Lunatic asylums Central Provinces reports 1886-1894 - 1886-1894
Year: 1886
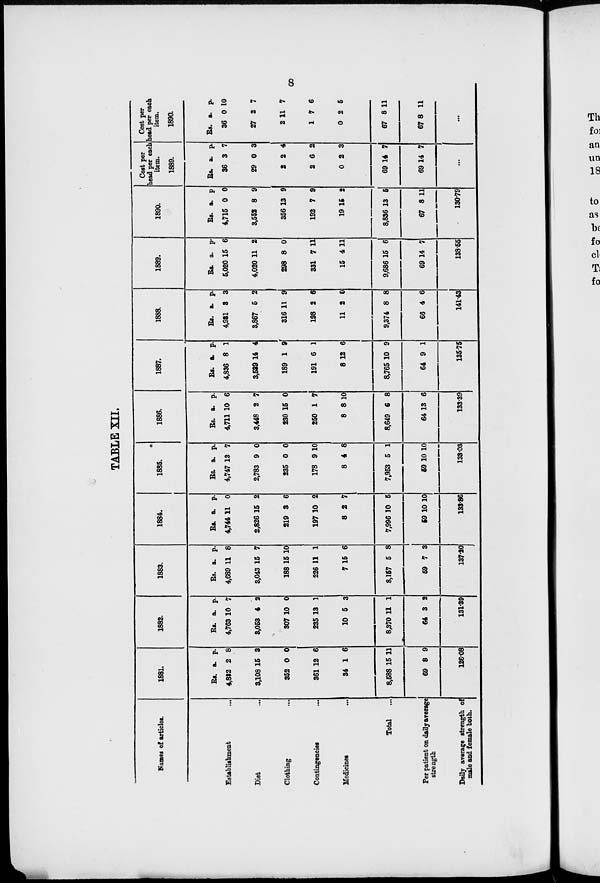
8
TABLE XII.
Names of articles.
Establishment ...
Diet ...
Clothing ...
Contingencies ...
Medicines ...
Total ...
Per patient on daily average
strength
Daily average strength of
male and female both.
1881.
Rs.
4,832
3,108
352
361
34
8,588
69
a.
2
15
0
12
1
15
8
p.
8
3
0
6
6
11
9
126.08
1882.
Rs.
4,763
3,053
307
235
10
8,370
64
a.
10
4
10
13
5
11
3
p.
7
2
0
1
3
1
2
131.39
1883.
Rs.
4,689
3,043
188
226
7
8,157
59
a.
11
15
15
11
15
5
7
p.
8
7
10
1
6
8
3
137.20
1884.
Rs.
4,744
2,826
219
197
8
7,996
59
a.
11
15
3
10
2
10
10
p.
0
2
6
2
7
5
10
133.86
1885.
Rs.
4,747
2,783
235
178
8
7,953
59
a.
13
9
0
9
4
5
10
p.
7
0
0
10
8
1
10
133.03
1886.
Rs.
4,711
3,448
230
250
8
8,649
64
a.
10
2
15
1
8
6
13
p.
6
7
0
7
10
8
6
133.39
1887.
Rs.
4,836
3,539
189
191
8
8,765
64
a.
8
14
1
6
12
10
9
p.
1
4
9
1
6
9
1
135.75
1888.
Rs.
4,981
3,867
316
198
11
9,374
66
a.
3
5
11
2
2
8
4
p.
3
2
9
6
0
8
6
141.43
1889.
Rs.
5,020
4,020
298
331
15
9,686
69
a.
15
11
8
7
4
15
14
p.
6
2
0
11
11
6
7
138.55
1890.
Rs.
4,715
3,552
356
192
19
8,836
67
a.
0
8
13
7
15
13
8
p.
0
9
9
9
2
5
11
130.79
Cost per
head per each
item.
1889.
Rs.
36
29
2
2
0
69
69
a.
3
0
2
6
2
14
14
p.
7
3
4
2
3
7
7
...
Cost per
head per each
item.
1890.
Rs.
36
27
2
1
0
67
67
a.
0
2
11
7
2
8
8
p.
10
7
7
6
5
11
11
...